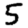
Digit: 5